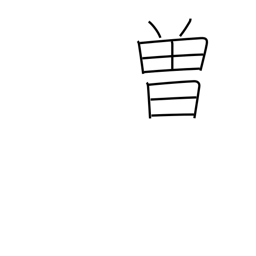
Meaning: formerly